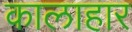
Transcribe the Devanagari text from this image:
कालाहार